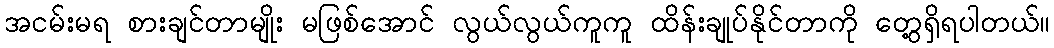
အငမ်းမရ စားချင်တာမျိုး မဖြစ်အောင် လွယ်လွယ်ကူကူ ထိန်းချုပ်နိုင်တာကို တွေ့ရှိရပါတယ်။